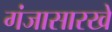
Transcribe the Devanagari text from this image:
गंजासारखे